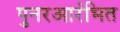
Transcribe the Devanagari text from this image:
पुनरआरंभित